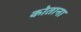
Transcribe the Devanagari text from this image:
कोताना